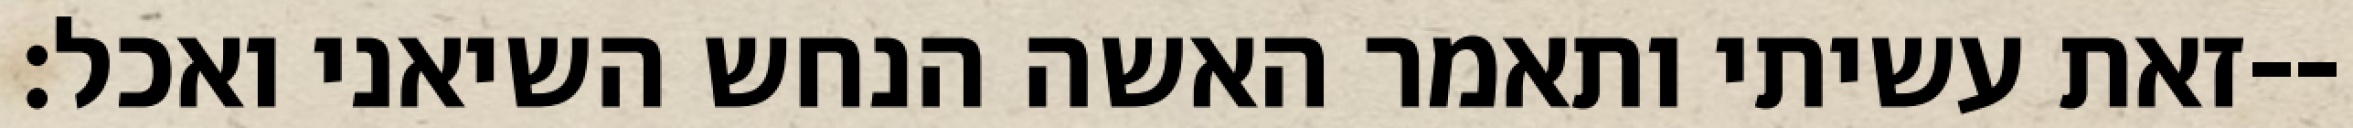
זאת עשיתי ותאמר האשה הנחש השיאני ואכל׃--